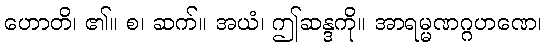
ဟောတိ၊ ၏။ စ၊ ဆက်။ အယံ၊ ဤဆန္ဒကို။ အာရမ္မဏဂ္ဂဟဏေ၊